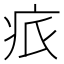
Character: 𤵑